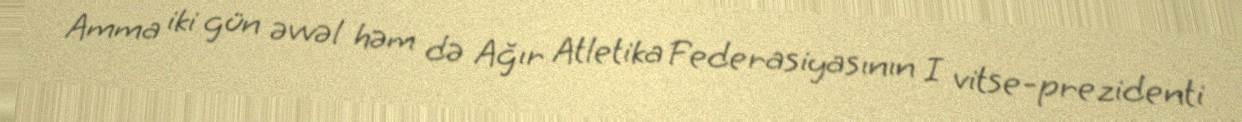
Amma iki gün əvvəl həm də Ağır Atletika Federasiyasının I vitse-prezidenti